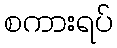
စကားရပ်